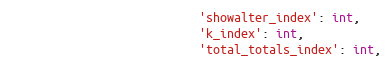
Language: Python
                           'showalter_index': int,
                           'k_index': int,
                           'total_totals_index': int,